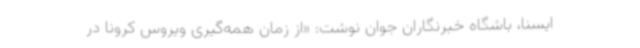
ایسنا، باشگاه خبرنگاران جوان نوشت: «از زمان همه‌گیری ویروس کرونا در